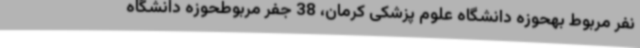
نفر مربوط بهحوزه دانشگاه علوم پزشکی کرمان، 38 جفر مربوطحوزه دانشگاه